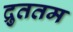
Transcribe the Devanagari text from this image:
द्रुततम